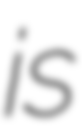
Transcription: is